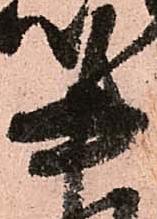
書